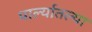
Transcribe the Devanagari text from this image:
पार्ल्यातल्या